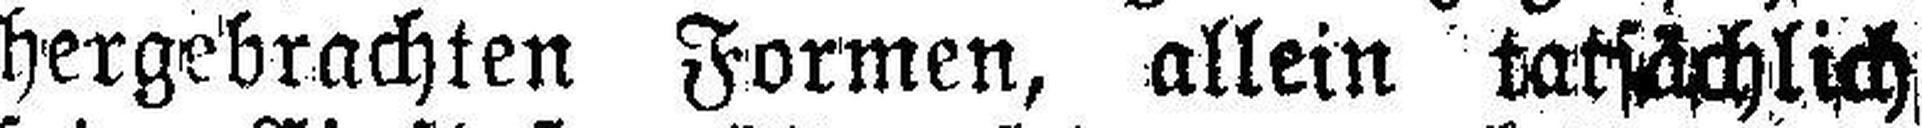
hergebrachten Formen, allein tatsächlich